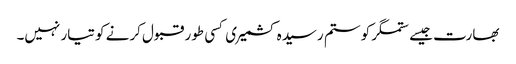
بھارت جیسے ستمگر کو ستم رسیدہ کشمیری کسی طور قبول کرنے کو تیار نہیں۔